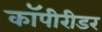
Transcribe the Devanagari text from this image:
कॉपीरीडर